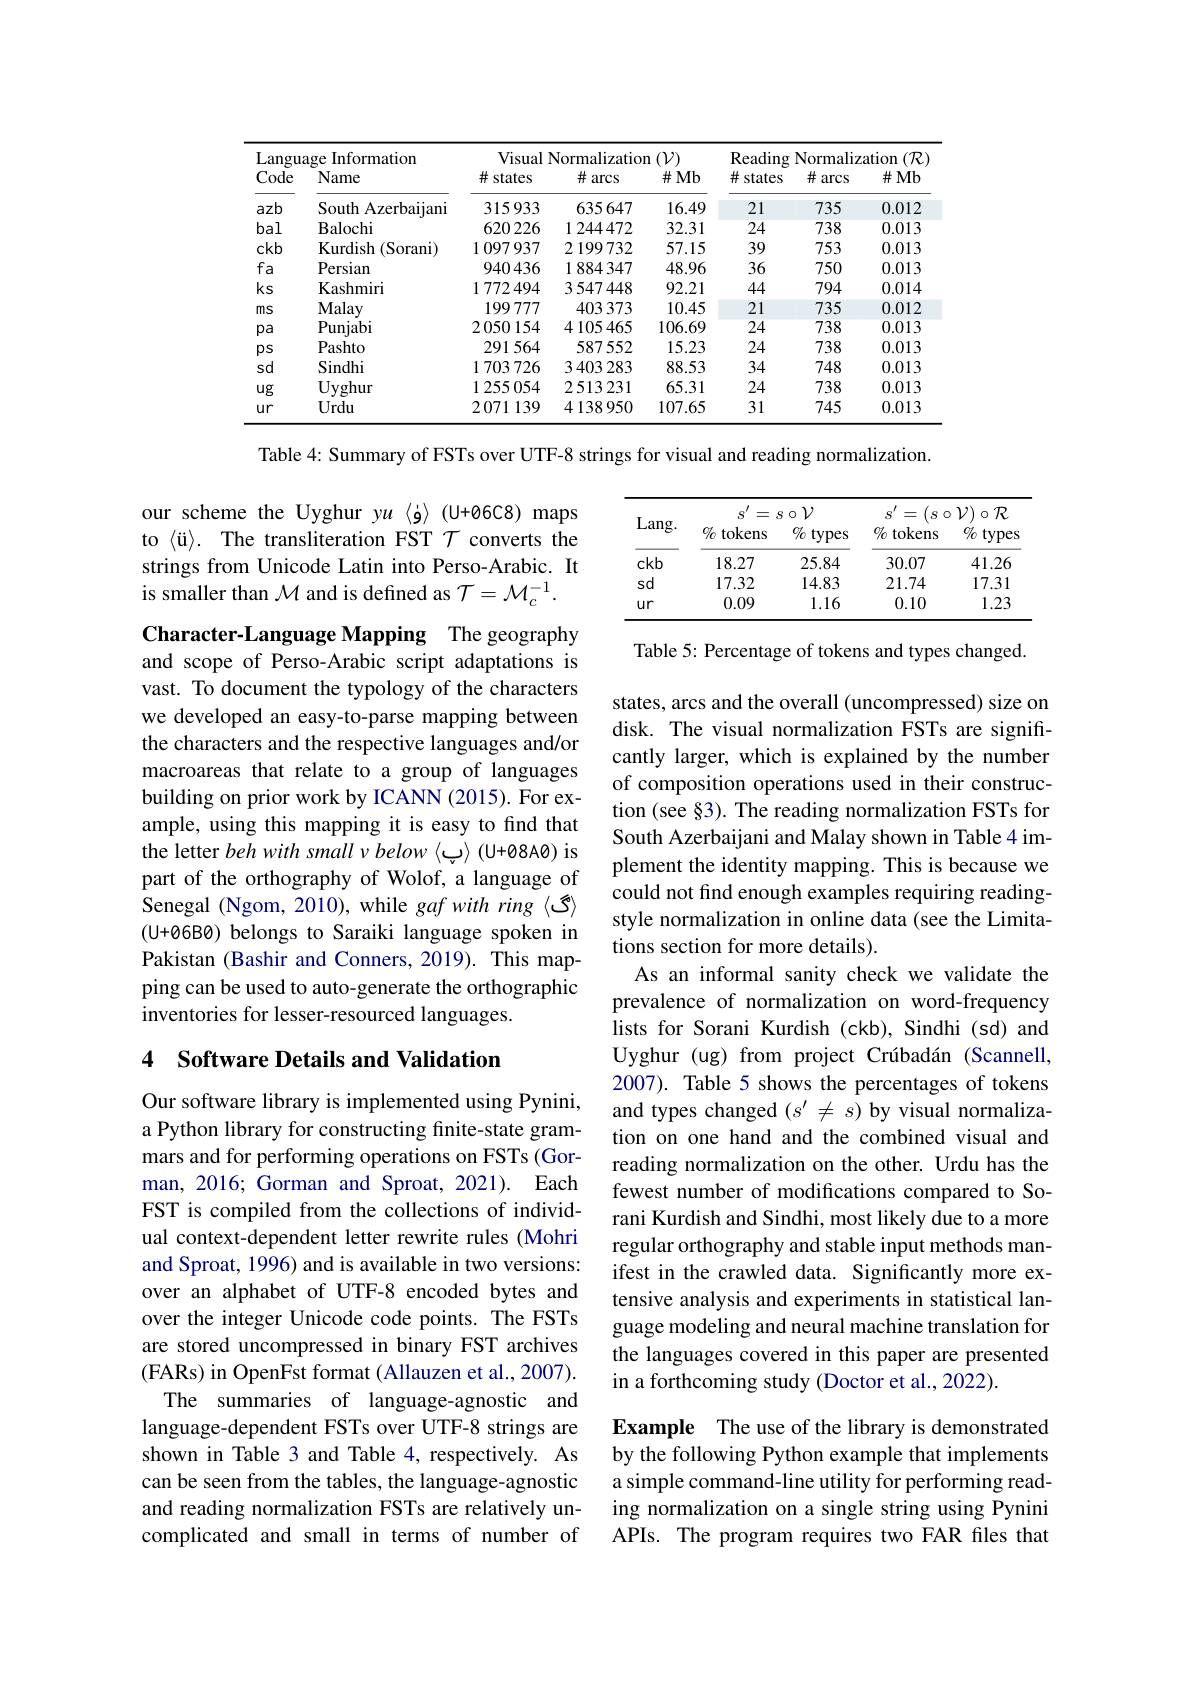
<table>
	<tbody>
		<tr>
			<th colspan="2">Language Information</th>
			<th colspan="3">Visual Normalization ($\mathcal{V})$</th>
			<th>Reading</th>
			<th colspan="2">Reading Normalization $( \mathcal{R}$</th>
		</tr>
		<tr>
			<th>Code</th>
			<th>Name</th>
			<th># states</th>
			<th>$\#$arcs</th>
			<th>$\#Mb$</th>
			<th># states</th>
			<th>$\#$arcs</th>
			<th>$\#Mb$</th>
		</tr>
		<tr>
			<td>azb</td>
			<td>South Azerbaijani</td>
			<td>315933</td>
			<td>635647</td>
			<td>16.49</td>
			<td>21</td>
			<td>735</td>
			<td>0.012</td>
		</tr>
		<tr>
			<td>bal</td>
			<td>Balochi</td>
			<td>620 226</td>
			<td>1 244 472</td>
			<td>32.31</td>
			<td>24</td>
			<td>738</td>
			<td>0.013</td>
		</tr>
		<tr>
			<td>ckb</td>
			<td>Kurdish ( Sorani) </td>
			<td>1097937</td>
			<td>2199732</td>
			<td>57.15</td>
			<td>39</td>
			<td>753</td>
			<td>0.013</td>
		</tr>
		<tr>
			<td>$fa$</td>
			<td>Persian</td>
			<td>940436</td>
			<td>1884347</td>
			<td>48.96</td>
			<td>36</td>
			<td>750</td>
			<td>0.013</td>
		</tr>
		<tr>
			<td>$ks$</td>
			<td>Kashmiri</td>
			<td>1 772 494</td>
			<td>3.547.448</td>
			<td>92.21</td>
			<td>44</td>
			<td>794</td>
			<td>0.014</td>
		</tr>
		<tr>
			<td>ms</td>
			<td>Malay</td>
			<td>199777</td>
			<td>403373</td>
			<td>10.45</td>
			<td>21</td>
			<td>735</td>
			<td>0.012</td>
		</tr>
		<tr>
			<td>pa</td>
			<td>Punjabi</td>
			<td>2050154</td>
			<td>4105465</td>
			<td>106.69</td>
			<td>24</td>
			<td>738</td>
			<td>0.013</td>
		</tr>
		<tr>
			<td>ps</td>
			<td>Pashto</td>
			<td>291564</td>
			<td>587552</td>
			<td>15.23</td>
			<td>24</td>
			<td>738</td>
			<td>0.013</td>
		</tr>
		<tr>
			<td>sd</td>
			<td>Sindhi</td>
			<td>1703726</td>
			<td>3 403 283</td>
			<td>88.53</td>
			<td>34</td>
			<td>748</td>
			<td>0.013</td>
		</tr>
		<tr>
			<td>$ug$</td>
			<td>Uyghur</td>
			<td>1 255 054</td>
			<td>2513231</td>
			<td>65.31</td>
			<td>24</td>
			<td>738</td>
			<td>0.013</td>
		</tr>
		<tr>
			<td>ur</td>
			<td>Urdu</td>
			<td>2071139</td>
			<td>4138950</td>
			<td>107.65</td>
			<td>31</td>
			<td>745</td>
			<td>0.013</td>
		</tr>
	</tbody>
</table>

Table 4: Summary of FSTs over UTF-8 strings for visual and reading normalization.

our scheme the Uyghur y$u〈\dot{\mathbf{g}}〉($U+06C8) maps to $\langle \ddot{u}\rangle .$ The transliteration FST $\mathcal{T}$ converts the strings from Unicode Latin into Perso-Arabic. It is smaller than $\mathcal{M}$ and is defined as $\mathcal{T}=\mathcal{M}_c^{-1}.$

<table>
	<tbody>
		<tr>
			<th rowspan="4">Lang. </th>
			<th>$s^{\prime}=$ = $\%$ tokens</th>
			<th>$s\circ V$ $\%$ types</th>
			<th>$s^{\prime}=$ $=\begin{pmatrix}s\circ&0\end{pmatrix}$ $\%$ tokens</th>
			<th>$\mathcal{V})\circ\mathcal{R}$ 1 1 1 $\%$ types</th>
		</tr>
		<tr>
			<th>$s^{\prime}=$ = $\%$ tokens</th>
			<th>$s\circ V$ $\%$ types</th>
			<th>$s^{\prime}=$ $=\begin{pmatrix}s\circ&0\end{pmatrix}$ $\%$ tokens</th>
			<th>$\mathcal{V})\circ\mathcal{R}$ 1 1 1 $\%$ types</th>
		</tr>
		<tr>
			<th>$Va$ =</th>
			<th>$s\circ\mathcal{V}$</th>
			<th>$S$ = $S$</th>
			<th>$\mathcal{V}$ $\mathcal{R}$ O</th>
		</tr>
		<tr>
			<th>$\%$ tokens</th>
			<th>$\%$ types</th>
			<th>$\%$ tokens</th>
			<th>$\%$ types</th>
		</tr>
		<tr>
			<td>ckb</td>
			<td>18.27</td>
			<td>25.84</td>
			<td>30.07</td>
			<td>41.26</td>
		</tr>
		<tr>
			<td>sd</td>
			<td>17.32</td>
			<td>14.83</td>
			<td>21.74</td>
			<td>17.31</td>
		</tr>
		<tr>
			<td>Ur</td>
			<td>0.09</td>
			<td>1.16</td>
			<td>0.10</td>
			<td>1.23</td>
		</tr>
	</tbody>
</table>

Table 5: Percentage of tokens and types changed.

Character-Language Mapping The geography and scope of Perso-Arabic script adaptations is vast. To document the typology of the characters we developed an easy-to-parse mapping between the characters and the respective languages and/or macroareas that relate to a group of languages building on prior work by ICANN (2015). For example, using this mapping it is easy to find that the letter beh with small v below $\langle$ي$\rangle$ (U+08AO) is part of the orthography of Wolof, a language of Senegal (Ngom, 2010), while $gafwithring\langle$گ$\rangle$ (U+06B0) belongs to Saraiki language spoken in Pakistan (Bashir and Conners, 2019). This mapping can be used to auto-generate the orthographic inventories for lesser-resourced languages.

states, arcs and the overall (uncompressed) size on disk. The visual normalization FSTs are significantly larger, which is explained by the number of composition operations used in their construction (see §3). The reading normalization FSTs for South Azerbaijani and Malay shown in Table 4 implement the identity mapping. This is because we could not find enough examples requiring readingstyle normalization in online data (see the Limitations section for more details).
As an informal sanity check we validate the prevalence of normalization on word-frequency lists for Sorani Kurdish (ckb), Sindhi (sd) and Uyghur (ug) from project Crúbadán (Scannell, 2007). Table 5 shows the percentages of tokens and types changed $(s^\prime\neq s)$ by visual normalization on one hand and the combined visual and reading normalization on the other. Urdu has the fewest number of modifications compared to Sorani Kurdish and Sindhi, most likely due to a more regular orthography and stable input methods manifest in the crawled data. Significantly more extensive analysis and experiments in statistical language modeling and neural machine translation for the languages covered in this paper are presented in a forthcoming study (Doctor et al., 2022).
Example The use of the library is demonstrated

## 4 Software Details and Validation

Our software library is implemented using Pynini, a Python library for constructing finite-state grammars and for performing operations on FSTs (Gorman, 2016; Gorman and Sproat, 2021). Each FST is compiled from the collections of individual context-dependent letter rewrite rules (Mohri and Sproat, 1996) and is available in two versions: over an alphabet of UTF-8 encoded bytes and over the integer Unicode code points. The FSTs are stored uncompressed in binary FST archives (FARs) in OpenFst format (Allauzen et al., 2007). The summaries of language-agnostic and language-dependent FSTs over UTF-8 strings are shown in Table 3 and Table 4, respectively. As can be seen from the tables, the language-agnostic and reading normalization FSTs are relatively uncomplicated and small in terms of number of

by the following Python example that implements a simple command-line utility for performing reading normalization on a single string using Pynini APIs. The program requires two FAR files that